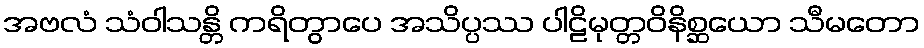
အဗလံ သံဝါသန္တိ ကရိတွာပေ အသိပ္ပဿ ပါဠိမုတ္တဝိနိစ္ဆယော သီမတော